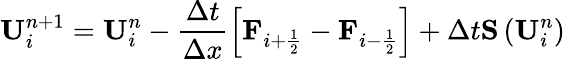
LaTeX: \textbf{U}_{i}^{n+1}=\textbf{U}_{i}^{n}-\frac{\Delta t}{\Delta x}\left[\textbf{F}_{i+\frac{1}{2}}-\textbf{F}_{i-\frac{1}{2}}\right]+\Delta t\textbf{S}\left(\textbf{U}_{i}^{n}\right)